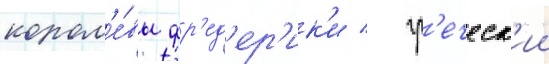
корол'е́вы фр'ед'ер'ик'и / гр'еческ'ии